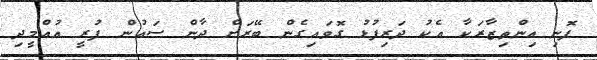
ފޮނި އިންތިޒާރަކާ އެކު ދަރިފުޅު ގޮވައިގެން ބޭރަށް ދާން ސައުން ފުރީ އުއްމީދި